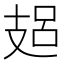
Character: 𢻋